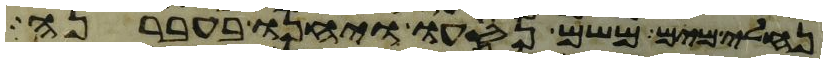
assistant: נחלי מים משם נסעו ויחנו בעברנה